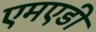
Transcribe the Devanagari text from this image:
एमएडी